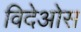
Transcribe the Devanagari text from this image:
विदेओस